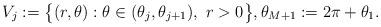
LaTeX: \begin{align*}V_{j}:=\big\{(r,\theta):\theta\in(\theta_{j},\theta_{j+1}),\ r>0\big\},\theta_{M+1}:=2\pi+\theta_{1}.\end{align*}